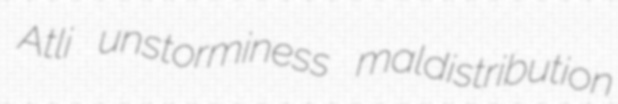
Atli unstorminess maldistribution